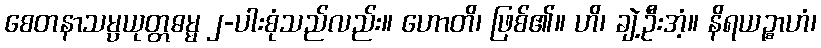
စေတနာသမ္ပယုတ္တဓမ္မ ၂-ပါးစုံသည်လည်း။ ဟောတိ၊ ဖြစ်၏။ ဟိ၊ ချဲ့ဦးအံ့။ နိရယဉ္စာဟံ၊